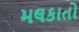
મલકાતો